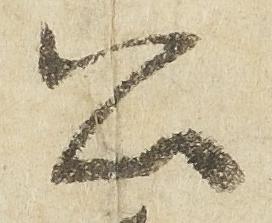
公